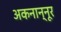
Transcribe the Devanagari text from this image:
अकनान्नूर